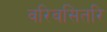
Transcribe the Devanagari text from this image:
वरिवसितरि